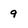
Character: 9